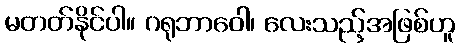
မတတ်နိုင်ပါ။ ဂရုဘာဝေါ၊ လေးသည့်အဖြစ်ဟူ